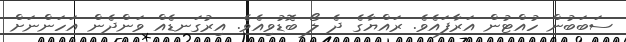
ސަބަބުން ހުއްޓުން އަރާފައެވެ. ރައްޔާގެ ދެ ލޯ ބޮޑުވިއެވެ. އިރުގަނޑެއް ވަންދެން އަހަންނަށް